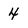
Character: 4